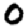
Digit: 0